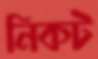
নিকট